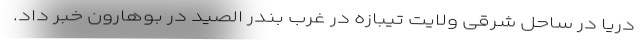
دریا در ساحل شرقی ولایت تیبازه در غرب بندر الصید در بوهارون خبر داد.